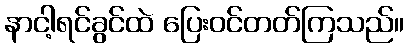
နာငါ့ရင်ခွင်ထဲ ပြေးဝင်တတ်ကြသည်။